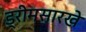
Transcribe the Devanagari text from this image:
ड्रीमसारखे